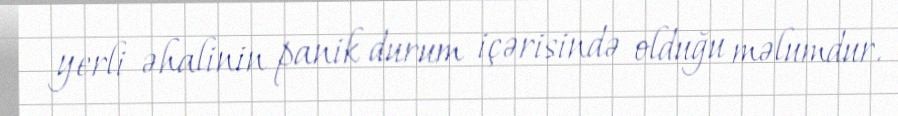
yerli əhalinin panik durum içərisində olduğu məlumdur.